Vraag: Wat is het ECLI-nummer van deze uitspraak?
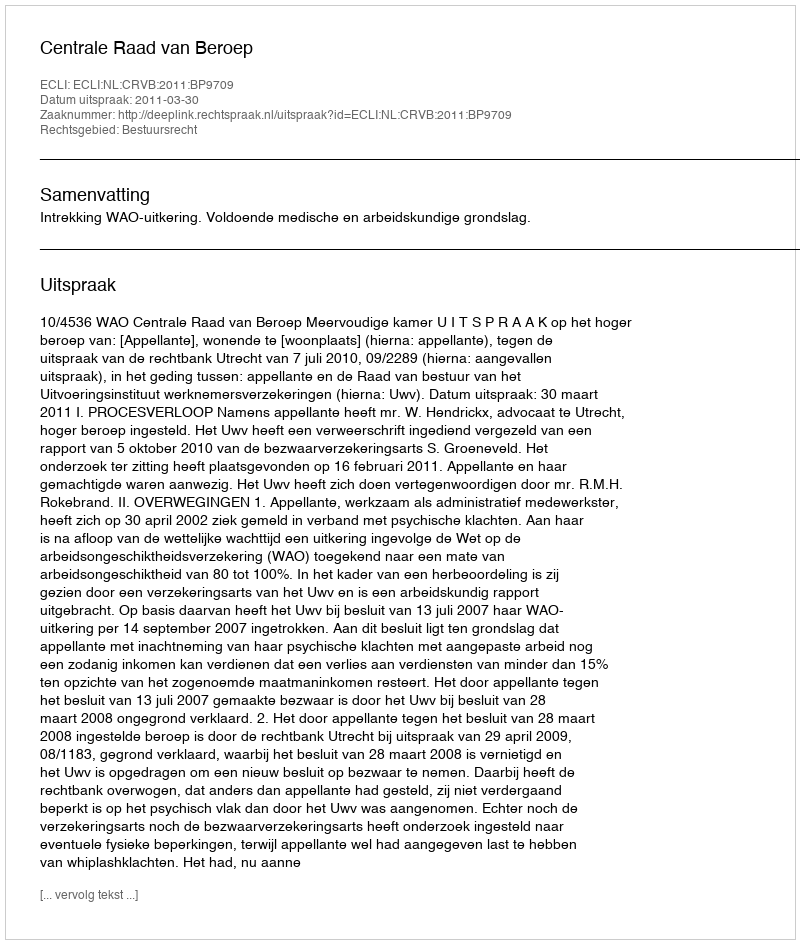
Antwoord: ECLI:NL:CRVB:2011:BP9709